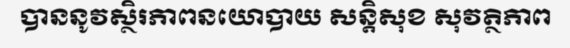
បាននូវស្ថិរភាពនយោបាយ សន្តិសុខ សុវត្ថិភាព